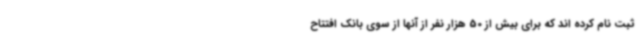
ثبت نام کرده اند که برای بیش از 50 هزار نفر از آنها از سوی بانک افتتاح